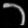
Digit: ၁